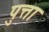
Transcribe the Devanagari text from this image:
पुत्ता